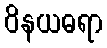
ဝိနယဓရာ